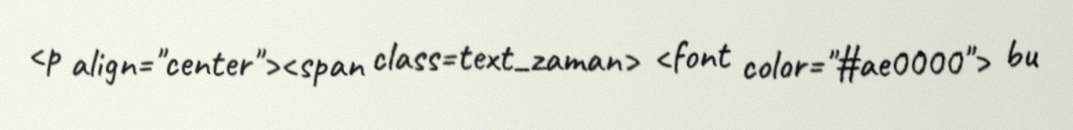
<p align="center"><span class=text_zaman> <font color="#ae0000"> bu